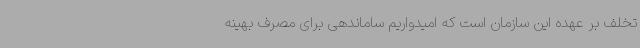
تخلف بر عهده این سازمان است که امیدواریم ساماندهی برای مصرف بهینه